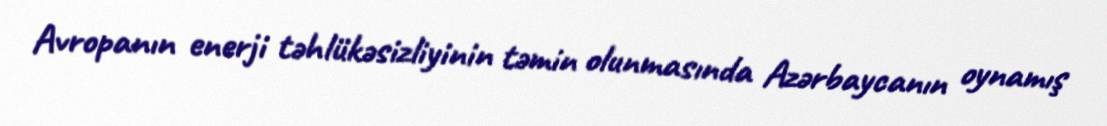
Avropanın enerji təhlükəsizliyinin təmin olunmasında Azərbaycanın oynamış